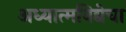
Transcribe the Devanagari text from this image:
अध्यात्मविद्येचा